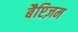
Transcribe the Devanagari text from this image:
बैप्टिज़म